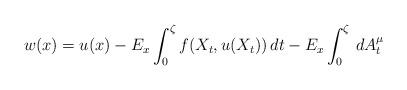
LaTeX: \begin{align*}w(x)=u(x)-E_{x}\int_{0}^{\zeta}f(X_{t}, u(X_{t}))\,dt-E_{x}\int_{0}^{\zeta}\,dA_{t}^{\mu}\end{align*}